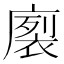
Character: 𭙻